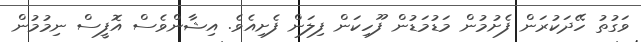
ވަގުތު ހޭދަކުރަން ފެށުމުން މަޑުމަޑުން ފޫހިކަން ފިލަން ފެށިއެވެ. އިޝާންވެސް އޮފީސް ނިމުމުން